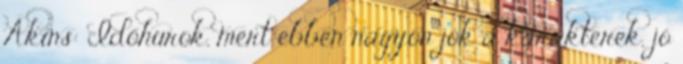
Akins: Időhurok, mert ebben nagyon jók a karakterek, jó